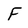
Character: F